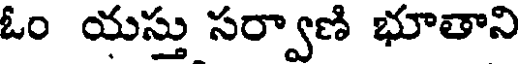
ఓం యస్తు సర్వాణి భూతాని